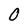
Character: 0